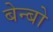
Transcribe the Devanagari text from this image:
बेन्बो